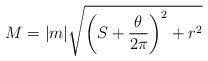
\begin{align*}M=|m|\sqrt{\left(S+\frac{\theta}{2\pi}\right)^{2}+r^{2}}\end{align*}